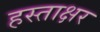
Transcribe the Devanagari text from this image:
हस्‍ताक्षर